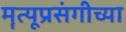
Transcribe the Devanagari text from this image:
मॄत्यूप्रसंगीच्या